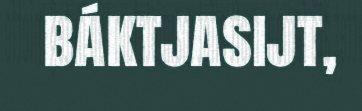
báktjasijt,